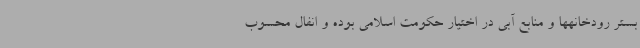
بستر رودخانهها و منابع آبی در اختیار حکومت اسلامی بوده و انفال محسوب